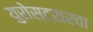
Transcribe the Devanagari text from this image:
युरोस्ट्रारचा